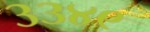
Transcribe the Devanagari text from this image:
३३४९